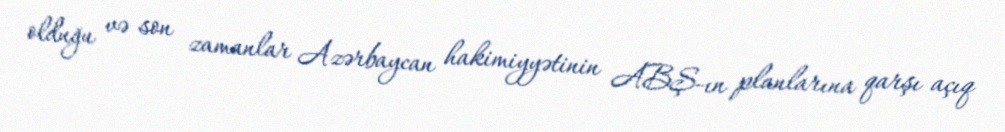
olduğu və son zamanlar Azərbaycan hakimiyyətinin ABŞ-ın planlarına qarşı açıq